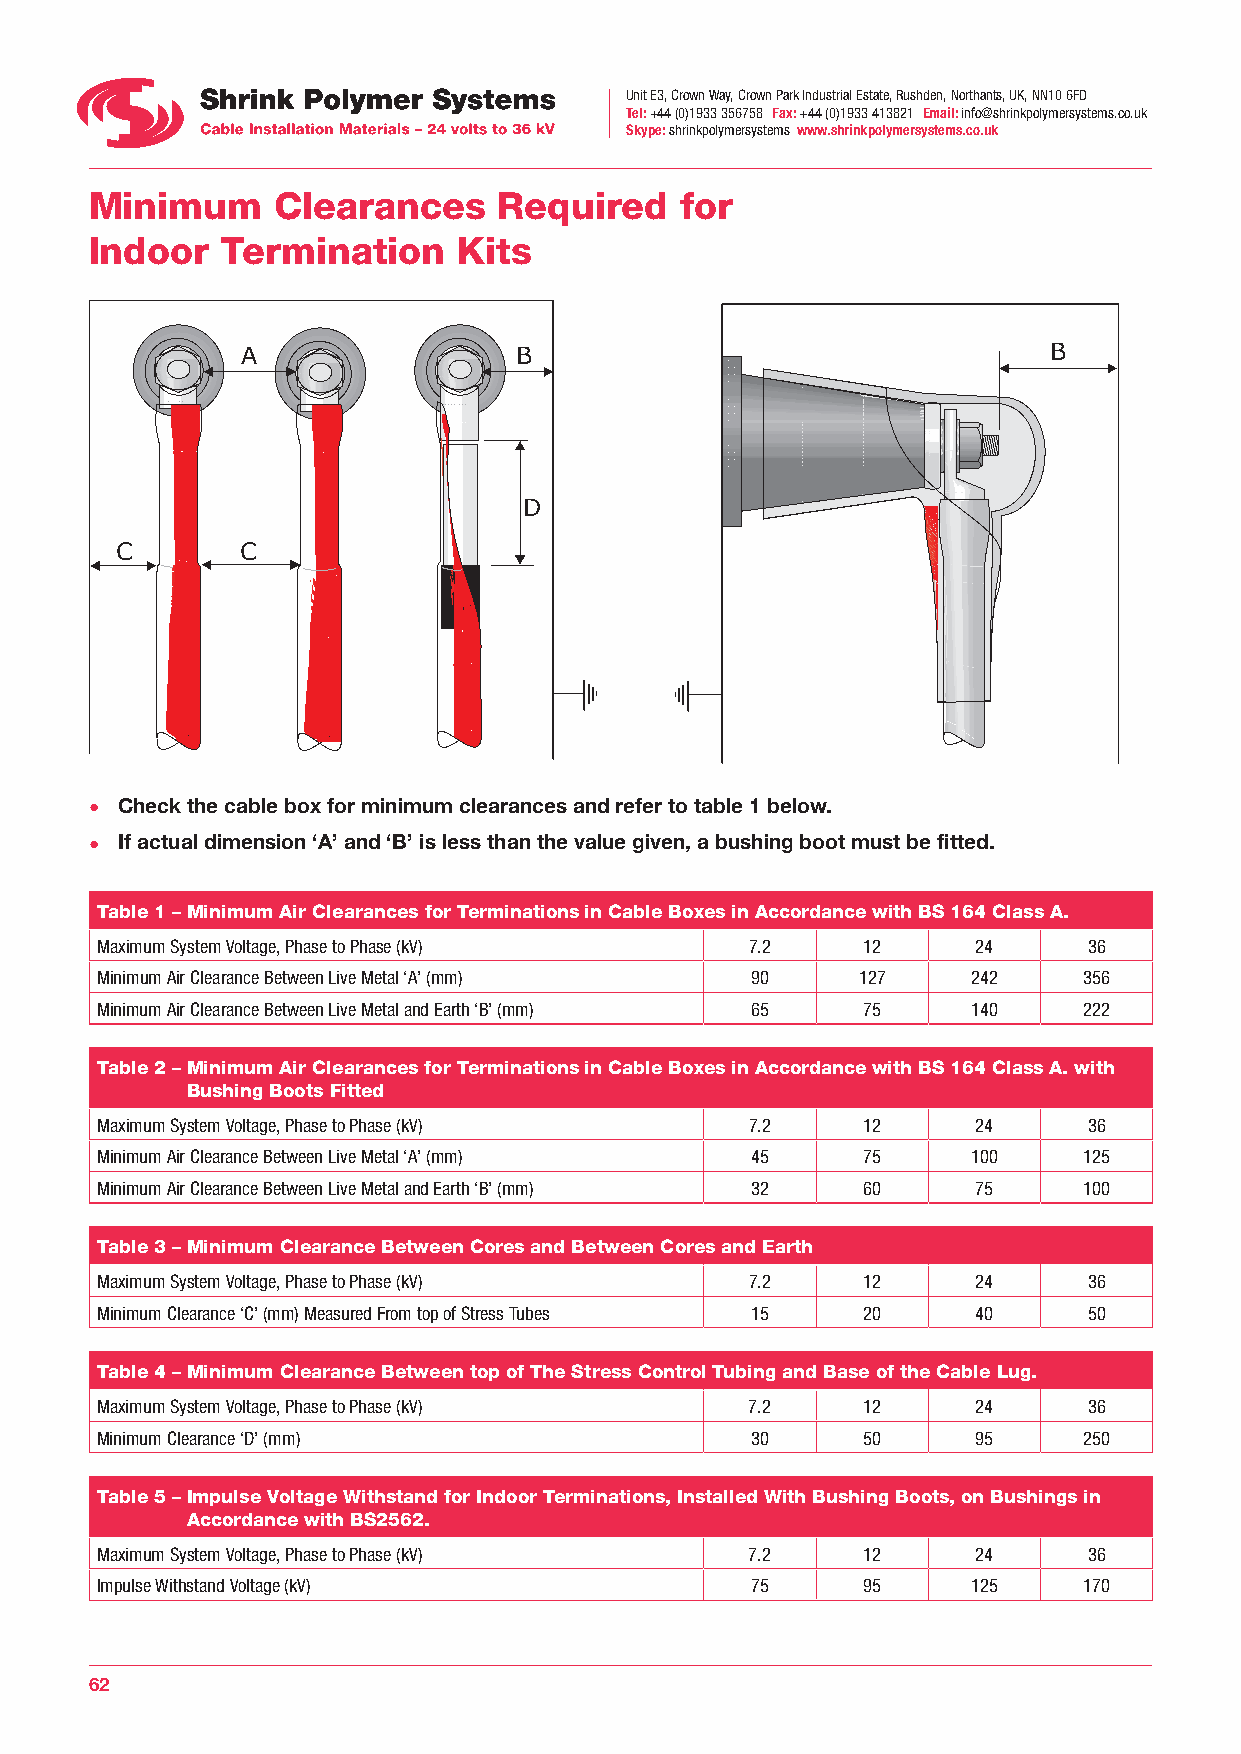
Unit E3, Crown Way, Crown Park Industrial Estate, Rushden, Northants, UK, NN10 6FD
 Tel: +44 (0)1933 356758 Fax: +44 (0)1933 413821 Email: info@shrinkpolymersystems.co.uk
 Skype: shrinkpolymersystems www.shrinkpolymersystems.co.uk
 Minimum     Clearances     Required    for
 Indoor   Termination    Kits
 A                 B                                  B
 D
 C       C
 • Check the cable box for minimum clearances and refer to table 1 below.
 • If actual dimension ‘A’ and ‘B’ is less than the value given, a bushing boot must be fitted.
 Table 1 – Minimum Air Clearances for Terminations in Cable Boxes in Accordance with BS 164 Class A.
 Maximum System Voltage, Phase to Phase (kV) 7.2    12      24     36
 Minimum Air Clearance Between Live Metal ‘A’ (mm) 90 127  242     356
 Minimum Air Clearance Between Live Metal and Earth ‘B’ (mm) 65 75 140 222
 Table 2 – Minimum Air Clearances for Terminations in Cable Boxes in Accordance with BS 164 Class A. with
 Bushing Boots Fitted
 Maximum System Voltage, Phase to Phase (kV) 7.2    12      24     36
 Minimum Air Clearance Between Live Metal ‘A’ (mm) 45 75   100     125
 Minimum Air Clearance Between Live Metal and Earth ‘B’ (mm) 32 60 75 100
 Table 3 – Minimum Clearance Between Cores and Between Cores and Earth
 Maximum System Voltage, Phase to Phase (kV) 7.2    12      24     36
 Minimum Clearance ‘C’ (mm) Measured From top of Stress Tubes 15 20 40 50
 Table 4 – Minimum Clearance Between top of The Stress Control Tubing and Base of the Cable Lug.
 Maximum System Voltage, Phase to Phase (kV) 7.2    12      24     36
 Minimum Clearance ‘D’ (mm)                  30     50      95     250
 Table 5 – Impulse Voltage Withstand for Indoor Terminations, Installed With Bushing Boots, on Bushings in
 Accordance with BS2562.
 Maximum System Voltage, Phase to Phase (kV) 7.2    12      24     36
 Impulse Withstand Voltage (kV)              75     95     125     170
 62